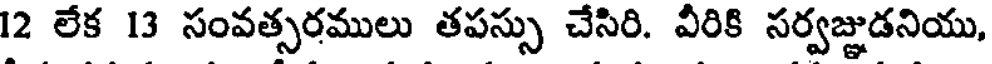
12 లేక 13 సంవత్సరములు తపస్సు చేసిరి. వీరికి సర్వజ్ఞుడనియు,